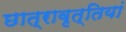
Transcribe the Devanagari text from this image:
छात्रावृत्तियां